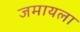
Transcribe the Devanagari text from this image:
जमायला